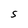
Character: 5